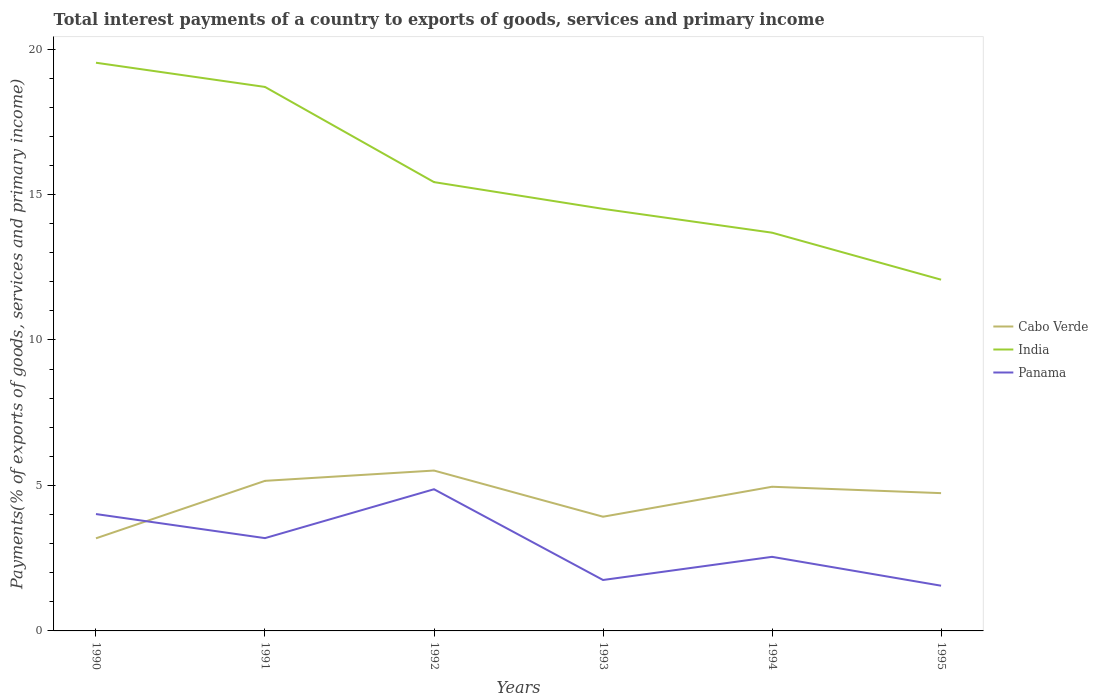
| Years | Cabo Verde | India | Panama |
 | --- | --- | --- | --- |
 | 1990 | 3.18 | 19.5 | 4.02 |
 | 1991 | 5.16 | 18.7 | 3.19 |
 | 1992 | 5.51 | 15.4 | 4.87 |
 | 1993 | 3.93 | 14.5 | 1.75 |
 | 1994 | 4.96 | 13.7 | 2.55 |
 | 1995 | 4.74 | 12.1 | 1.55 |